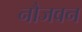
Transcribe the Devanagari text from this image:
नौजवन